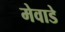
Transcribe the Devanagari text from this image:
मेवाडे